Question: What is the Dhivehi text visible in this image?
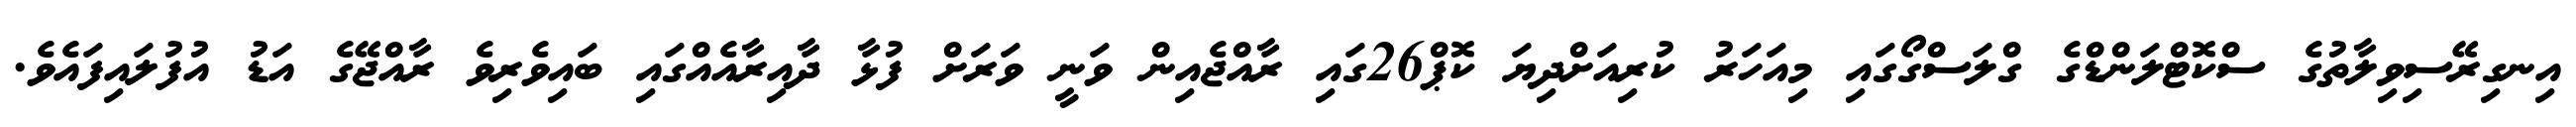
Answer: އިނގިރޭސިވިލާތުގެ ސްކޮޓްލަންޑްގެ ގްލަސްގޯގައި މިއަހަރު ކުރިއަށްދިޔަ ކޮޕް26ގައި ރާއްޖެއިން ވަނީ ވަރަށް ފުޅާ ދާއިރާއެއްގައި ބައިވެރިވެ ރާއްޖޭގެ އަޑު އުފުލައިފައެވެ.